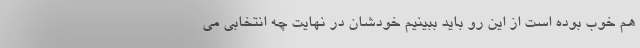
هم خوب بوده است از این رو باید ببینیم خودشان در نهایت چه انتخابی می